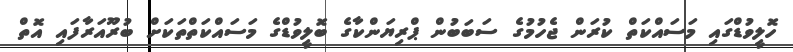
ހޮލީވުޑްގައި މަސައްކަތް ކުރަން ޖެހުމުގެ ސަބަބުން ޕްރިޔަންކާގެ ބޮލީވުޑްގެ މަސައްކަތްތަކަށް ބުރޫއަރާފައި އޮތް